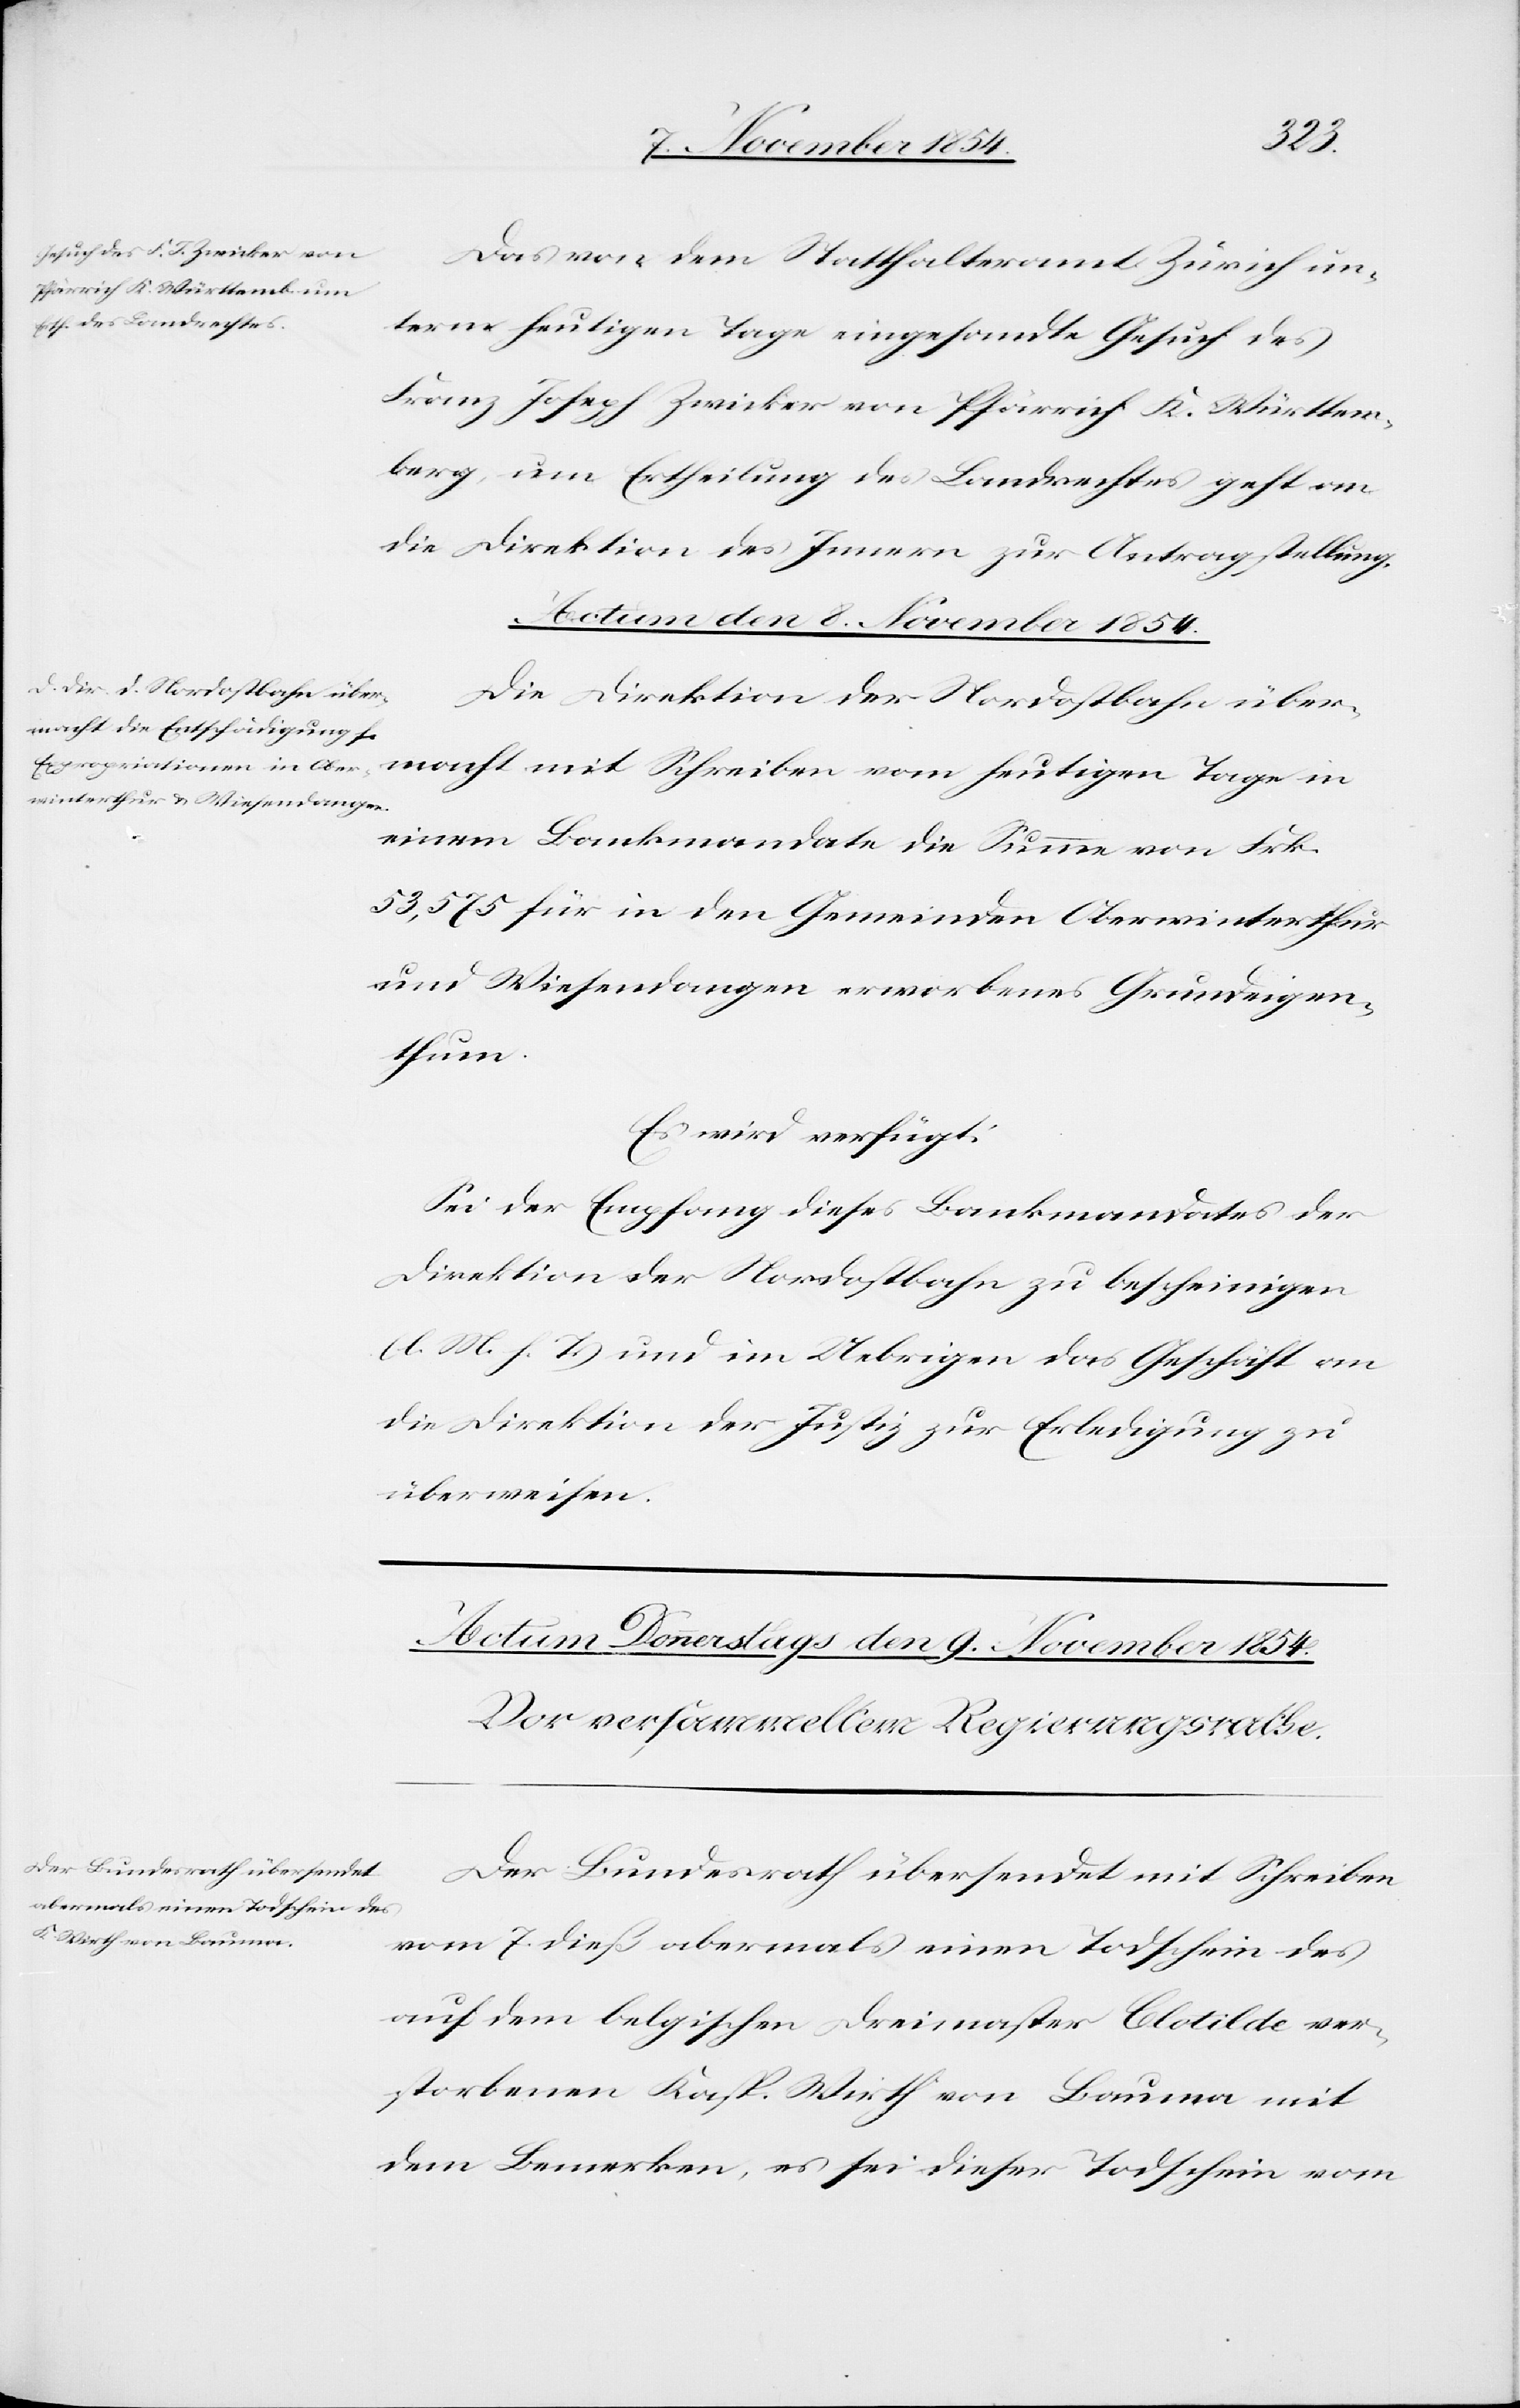
Das von dem Statthalteramt Zürich un¬
term heutigen Tage eingesandte Gesuch des
Franz Joseph Zwicker von Pfärrich K. Württem¬
berg, um Ertheilung des Landrechtes geht an
die Direktion des Innern zur Antragstellung.
Actum den 8. November 1854.
Die Direktion der Nordostbahn über¬
macht mit Schreiben vom heutigen Tage in
einem Bankmandate die Summe von Frk.
53,575 für in den Gemeinden Oberwinterthur
und Wiesendangen erworbenes Grundeigen¬
thum.
Es wird verfügt:
Sei der Empfang dieses Bankmandates der
Direktion der Nordostbahn zu bescheinigen
(l. M. h. T.) und im Uebrigen das Geschäft an
die Direktion der Justiz zur Erledigung zu
überweisen.
Der Bundesrath übersendet mit Schreiben
vom 7. dieß abermals einen Todschein des
auf dem belgischen Dreimaster Clotilde ver¬
storbenen Kasp. Wirth von Bauma mit
dem Bemerken, es sei dieser Todschein vom